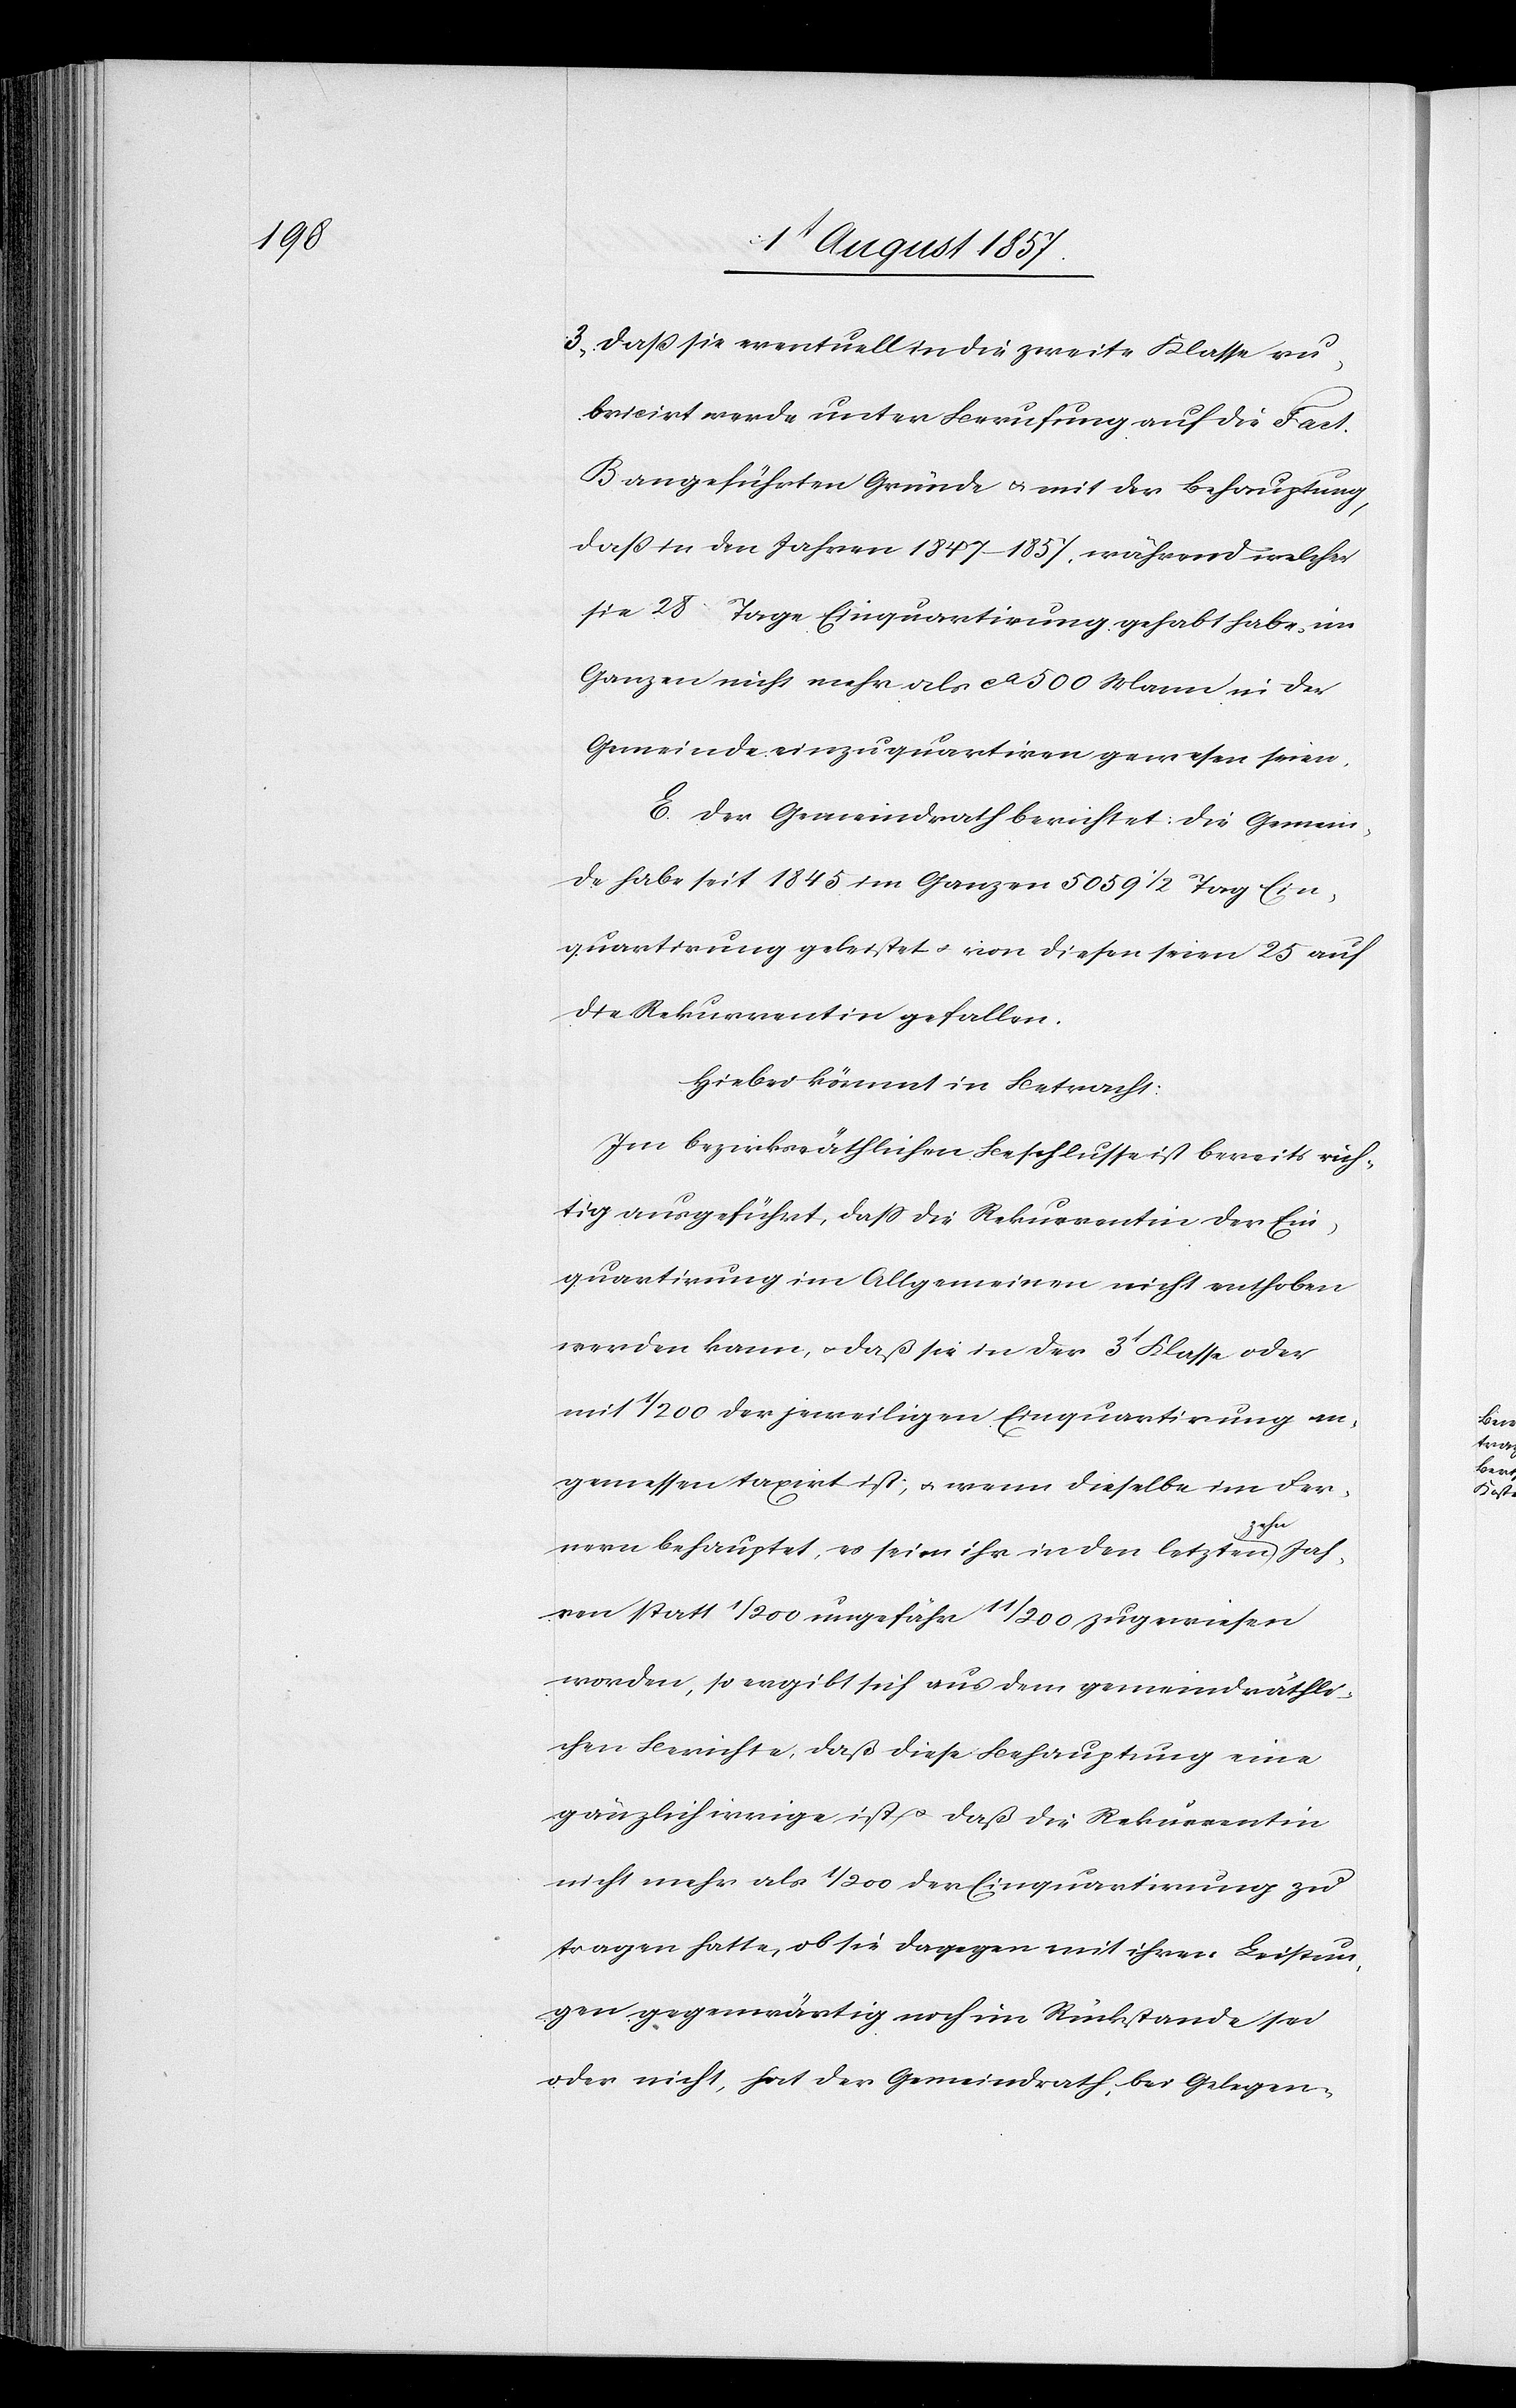
3) daß sie eventuell in die zweite Klasse ru¬
brizirt werde unter Berufung auf die [in]
B angeführten Gründe & mit der Behauptung,
daß in den Jahren 1847–1857, während welcher
sie 28 Tage Einquartirung gehabt habe, im
Ganzen nicht mehr als ca 500 Mann in der
Gemeinde einzuquartiren gewesen seien.
E. Der Gemeindrath berichtet: die Gemein¬
de habe seit 1845 im Ganzen 5 059 1/2 Tag Ein¬
quartirung geleistet & von diesem seien 25 auf
die Rekurrentin gefallen.
Hiebei kömmt in Betracht:
Im bezirksräthlichen Beschlusse ist bereits rich¬
tig aufgeführt, daß die Rekurrentin der Ein¬
quartirung im Allgemeinen nicht enthoben
werden kann, & daß sie in der 3t Klasse oder
mit 1/200 der jeweiligen Einquartirung an¬
gemessen taxirt ist, & wenn dieselbe im Fer¬
nern behauptet, es seien ihr in den letzten zehn Jah¬
ren statt 1/200 ungefähr 11/200 zugewiesen
worden, so ergibt sich aus dem gemeindräthli¬
chen Berichte, daß diese Behauptung eine
gänzlich irrige ist & daß die Rekurrentin
nicht mehr als 1/200 der Einquartirung zu
tragen hatte, ob sie dagegen mit ihren Leistun¬
gen gegenwärtig noch im Rückstande sei
oder nicht, hat der Gemeindrath, bei Gelegen-